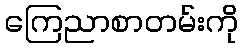
ကြေညာစာတမ်းကို